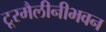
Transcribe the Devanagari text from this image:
टूरमैलीनीभवन